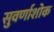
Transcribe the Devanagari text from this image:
सुवर्णाशोक